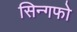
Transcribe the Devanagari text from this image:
सिन्गफो